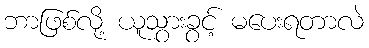
ဘာဖြစ်လို့ ယူသွားခွင့် မပေးရတာလဲ